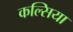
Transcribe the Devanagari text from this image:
कल्सिया